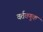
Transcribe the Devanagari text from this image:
वर्तवणूक